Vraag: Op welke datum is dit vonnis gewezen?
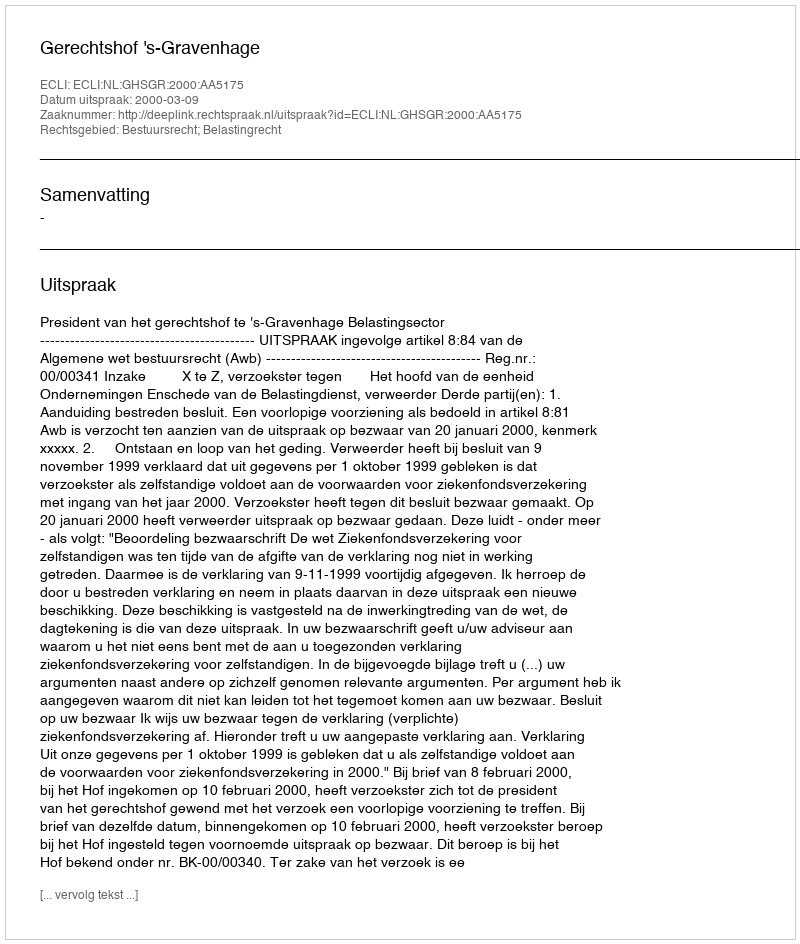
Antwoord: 2000-03-09